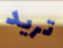
تريد